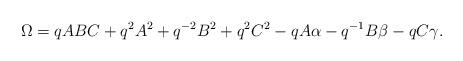
LaTeX: \begin{gather*}\Omega=q ABC+q^2 A^2+q^{-2}B^2+q^2C^2-qA\alpha-q^{-1}B\beta-qC\gamma.\end{gather*}